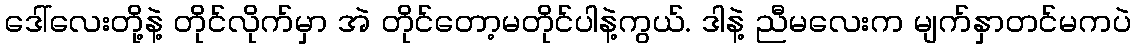
ဒေါ်လေးတို့နဲ့ တိုင်လိုက်မှာ အဲ တိုင်တော့မတိုင်ပါနဲ့ကွယ်. ဒါနဲ့ ညီမလေးက မျက်နှာတင်မကပဲ